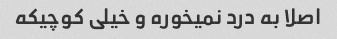
اصلا به درد نمیخوره و خیلی کوچیکه